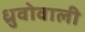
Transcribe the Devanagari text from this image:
ध्रुवोवाली